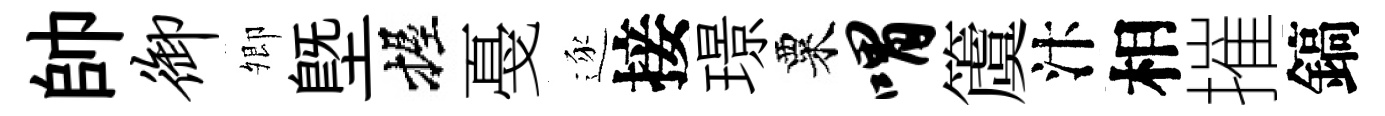
帥御𡖖塈握戞逐接璟粟喟𥵂汴相摧鎬